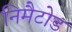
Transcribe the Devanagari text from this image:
निमैटोड